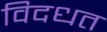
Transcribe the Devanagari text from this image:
विदधत